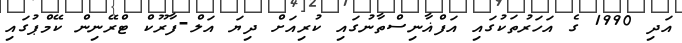
އަދި 1990 ގެ އަހަރުތަކުގައި އަފްޣާނިސްތާނުގައި ކުރިއަށް ދިޔަ އަލް-ފާރޫކް ޓްރޭނިން ކޭމްޕުގައި